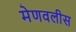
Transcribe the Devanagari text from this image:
मेणवलीस